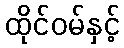
ထိုင်ဝမ်နှင့်